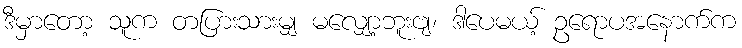
ဒီမှာတော့ သူက တပြားသားမျှ မလျှော့ဘူးဗျ၊ ဒါပေမယ့် ဥရောပအနောက်က